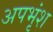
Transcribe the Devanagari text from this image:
अपभृंश